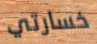
خسارتي